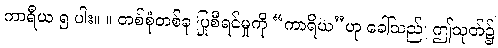
ကာရီယ ၅ ပါး။ ။ တစ်စုံတစ်ခု ပြုစီရင်မှုကို “ကာရိယ”ဟု ခေါ်သည်၊ ဤသုတ်၌